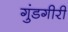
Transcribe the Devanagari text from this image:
गुंडगीरी